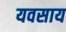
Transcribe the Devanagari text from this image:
यवसाय